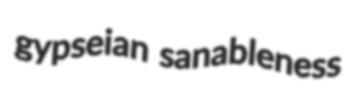
gypseian sanableness